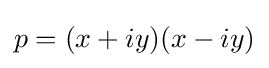
p=(x+iy)(x-iy)